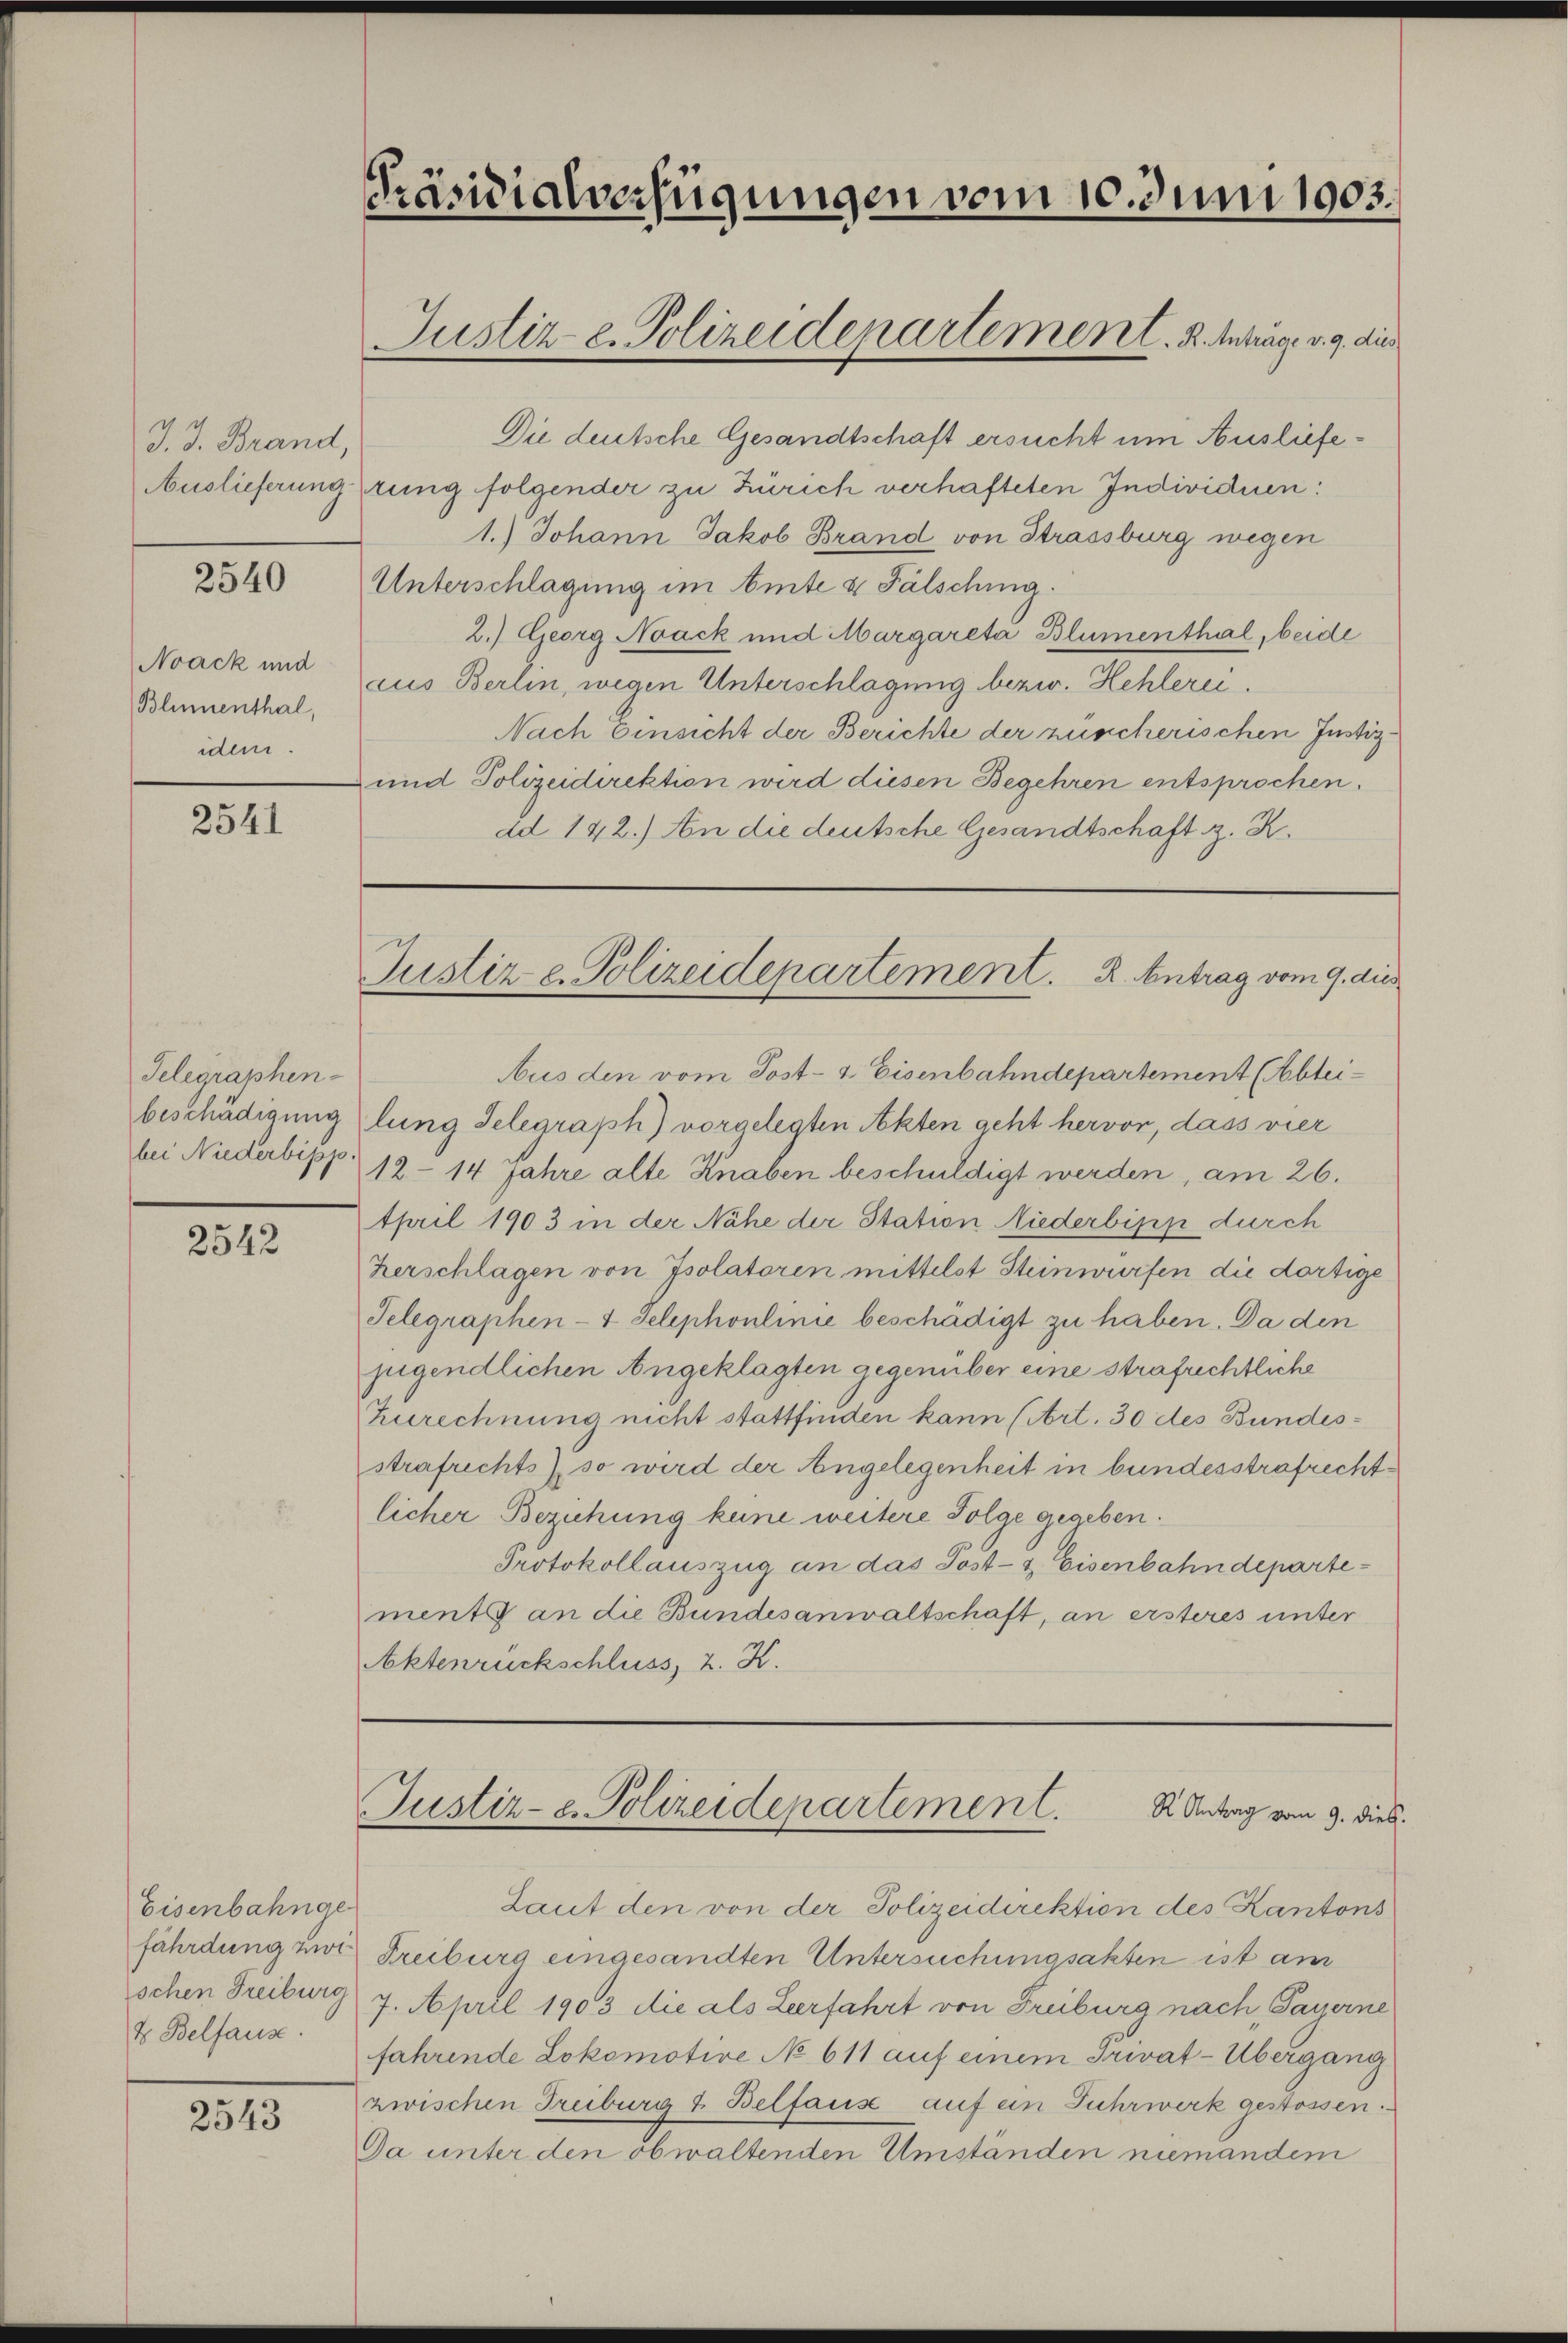
J. J. Brand,

2540

Noack und
Blumenthal,
idem.

2541

Telegraphen-

2542

Eisenbahnge
fährdung zwischen Freiburg
t Belfause.

2543

Präsidialverfügungen vom 10. Juni 1903.

Die deutsche Gesandtschaft ersucht um Ausliefe¬
Auslieferung zung folgender zu Zürich verhafteten Individuen:
1.) Johann Jakob Brand von Strassburg wegen
Unterschlagung im Amte & Fälschung.
2.) Georg Noack und Margareta Blumenthal, beide
cus Berlin, wegen Unterschlagung bezw. Hehlerei.
Nach Einsicht der Berichte der zürcherischen Justiz-
und Polizeidirektion wird diesen Begehren entsprochen.
dd 142.) An die deutsche Gesandtschaft z. R.

Justiz e. Polizeidepartement. K. Antrage v. 9. dies

Justiz e. Polizeidepartement. R. Antrag vom 9. dies

Aus den vom Post- & Eisenbahndepartement (Abteibeschädigunglung Gelegraph) vorgelegten Akten geht hervor, dass vier
bei Niederbipp 12 - 14 Jahre alte Knaben beschuldigt werden, am 26.
tpril 1903 in der Nähe der Station Niederbisp durch
herschlagen von Isolatoren mittelst Steinwürfen die dortige
Telegraphen-4 Telephonlinie beschädigt zu haben. Da den
jugendlichen Angeklagten gegenüber eine strafrichtliche
Zurechnung nicht stattfinden kann (Art. 30 des Bundesstrafrichts, so wird der Angelegenheit in bundesstrafrecht
licher Beziehung keine weitere Folge gegeben.
Protokollauszug an das Post- & Eisenbahndepartements an die Bundesanwaltschaft, an ersteres unter
Aktenrückschluss, 2. K.

Justiz- & Polizeidepartement.
R Antrag vom 9. dieß.

Laut den von der Polizeidirektion des Kantons
Freiburg eingesandten Untersuchungsakten ist am
7. April 1903 die als Leerfahrt von Freiburg nach, Payerne
fahrende Lokomotive No 611 auf einem Privat-Übergang
zwischen Freiburg 1. Belfause auf ein Fuhrwerk gestossen.
Da unter den obwaltenden Umständen niemandem